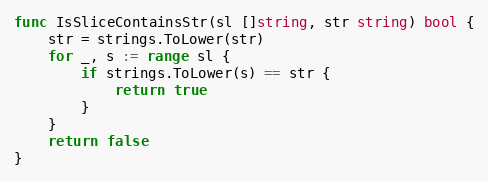
Language: Go
func IsSliceContainsStr(sl []string, str string) bool {
	str = strings.ToLower(str)
	for _, s := range sl {
		if strings.ToLower(s) == str {
			return true
		}
	}
	return false
}